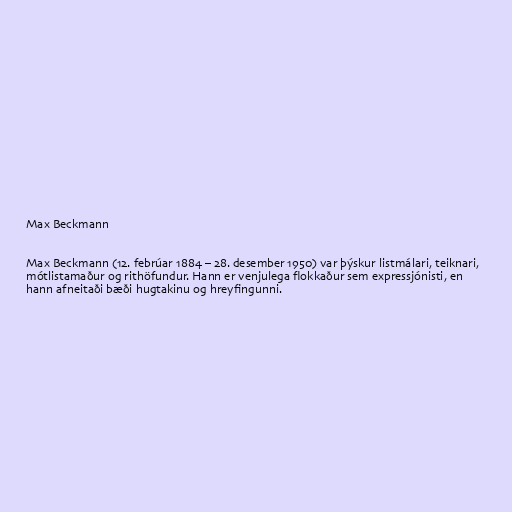
Max Beckmann

Max Beckmann (12. febrúar 1884 – 28. desember 1950) var þýskur listmálari, teiknari,
mótlistamaður og rithöfundur. Hann er venjulega flokkaður sem expressjónisti, en
hann afneitaði bæði hugtakinu og hreyfingunni.